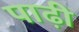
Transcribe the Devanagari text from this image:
पाढ़ी